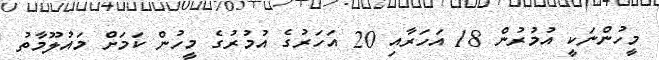
މީހުންނަކީ އުމުރުން 18 އަހަރާއި 20 އަހަރުގެ އުމުރުގެ މީހުން ކަމަށް މައުލޫމާތު